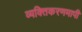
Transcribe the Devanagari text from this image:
व्यक्तिकरणमापी